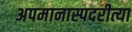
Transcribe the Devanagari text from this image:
अपमानास्पदरीत्या